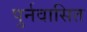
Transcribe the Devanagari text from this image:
पुर्नवासित